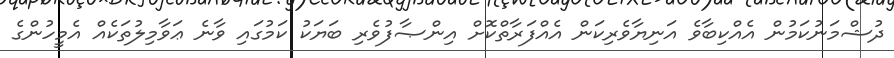
ދުޝްމަނުކަމުން އެއްކިބާވެ އަނިޔާވެރިކަން އެއްފަރާތްކޮށް އިންޞާފުވެރި ބަޔަކު ކަމުގައި ވާނެ ޢަވާމިލުތަކެއް އެމީހުންގެ